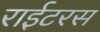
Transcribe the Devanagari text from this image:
राईटरस